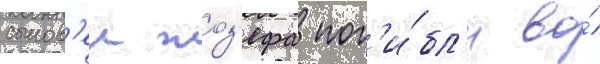
сынов'еи жоз'ефа пог'и́бл'и во́